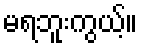
မရဘူးကွယ့်။